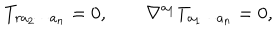
LaTeX: T _ { r a _ { 2 } \cdots a _ { n } } = 0 , \qquad \nabla ^ { a _ { 1 } } T _ { a _ { 1 } \cdots a _ { n } } = 0 ,